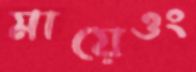
মায়েওং